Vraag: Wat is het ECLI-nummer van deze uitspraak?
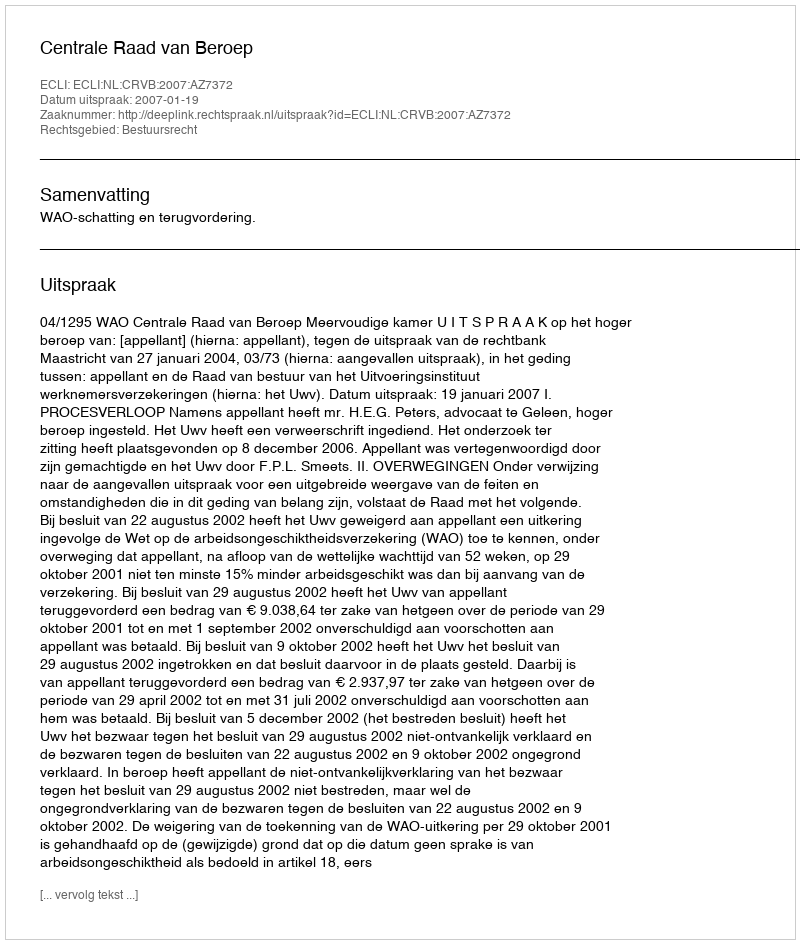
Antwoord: ECLI:NL:CRVB:2007:AZ7372